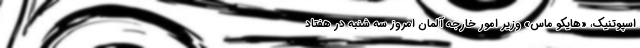
اسپوتنیک، «هایکو ماس» وزیر امور خارجه آلمان امروز سه شنبه در هفتاد